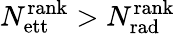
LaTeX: N_{\mathrm{ett}}^{\mathrm{rank}}>N_{\mathrm{rad}}^{\mathrm{rank}}